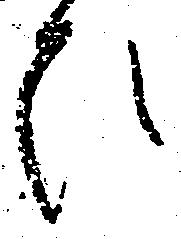
ひ